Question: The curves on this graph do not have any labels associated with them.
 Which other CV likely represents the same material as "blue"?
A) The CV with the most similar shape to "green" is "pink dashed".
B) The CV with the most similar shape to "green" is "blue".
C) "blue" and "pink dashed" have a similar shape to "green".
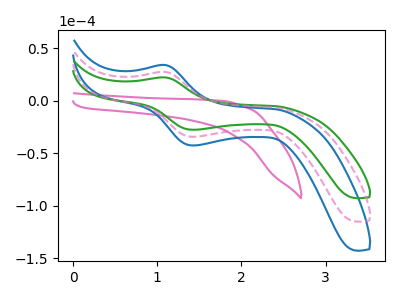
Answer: <think>The pink curve "pink" has no peaks. The blue curve "blue" has an anodic peak at (1.10V, 54.60uA) and a cathodic peak at (1.40V, -69.00uA). The green curve "green" has an anodic peak at (1.10V, 22.00uA) and a cathodic peak at (1.40V, -27.85uA). The pink dashed curve "pink dashed" has an anodic peak at (1.10V, 27.30uA) and a cathodic peak at (1.40V, -34.50uA).
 "pink" and "blue" have a different number of peaks. "pink" and "green" have a different number of peaks. "pink" and "pink dashed" have a different number of peaks. All the peaks in "blue" have a peak in "green" at the same potential. Every peak in "blue" is higher than every peak in "green". All the peaks in "blue" have a peak in "pink dashed" at the same potential. Every peak in "blue" is higher than every peak in "pink dashed". All the peaks in "green" have a peak in "pink dashed" at the same potential. Every peak in "green" is lower than every peak in "pink dashed".</think>
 <answer>C) "blue" and "pink dashed" have a similar shape to "green".</answer>
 <eval>C</eval>